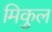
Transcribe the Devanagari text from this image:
मिकुल